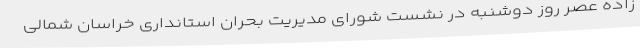
زاده عصر روز دوشنبه در نشست شورای مدیریت بحران استانداری خراسان شمالی